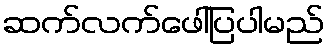
ဆက်လက်ဖေါ်ပြပါမည်